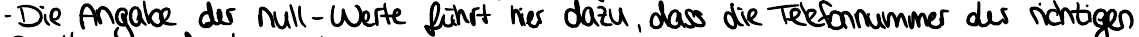
- Die Angabe der null-Werte führt hier dazu, dass die Telefonnummer der richtigen